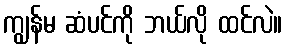
ကျွန်မ ဆံပင်ကို ဘယ်လို ထင်လဲ။